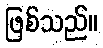
ဖြစ်သည်။